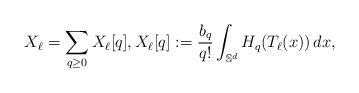
LaTeX: \begin{align*}X_\ell = \sum_{q\ge 0} X_\ell[q], X_\ell[q]:= \frac{b_q}{q!} \int_{\mathbb S^d} H_q(T_\ell(x))\,dx,\end{align*}